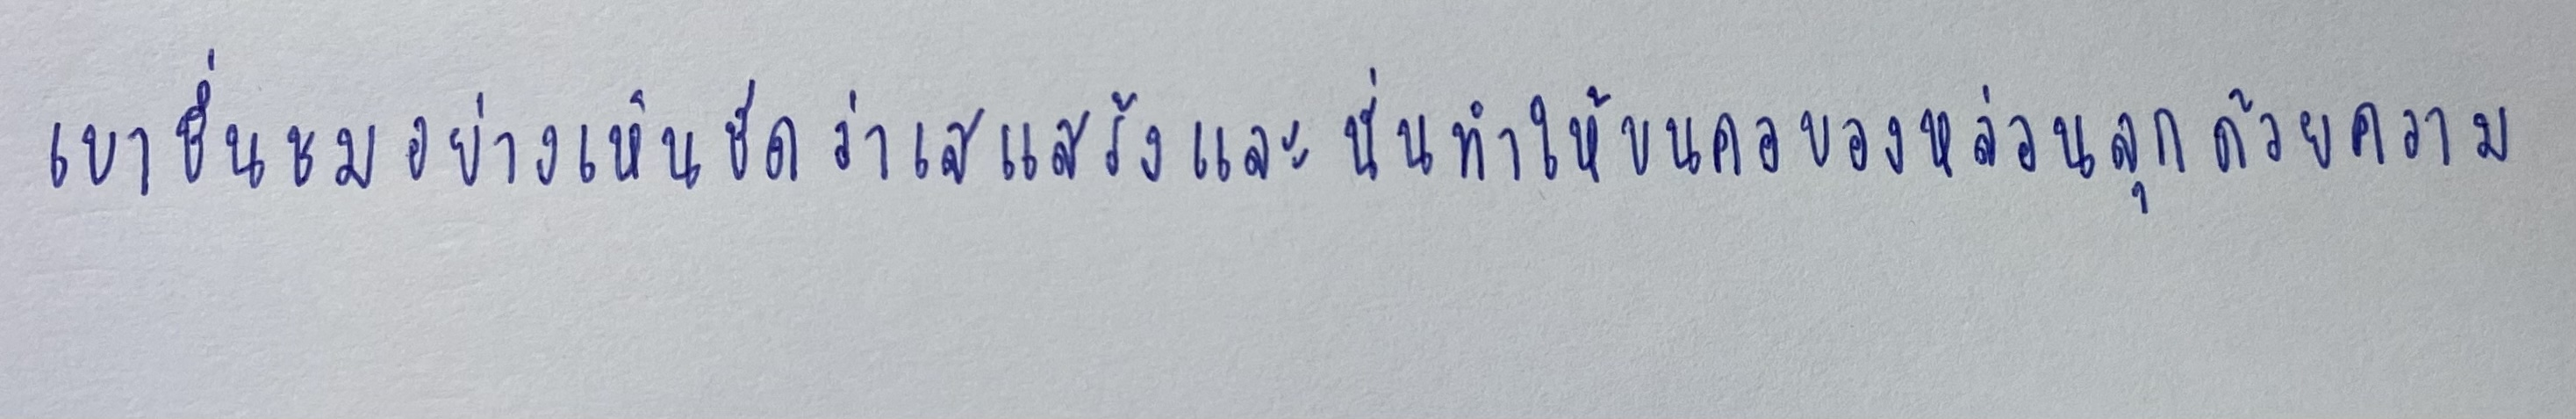
เขาชื่นชมอย่างเห็นชัดว่าเสแสร้งและนั่นทำให้ขนคอของหล่อนลุกด้วยความ